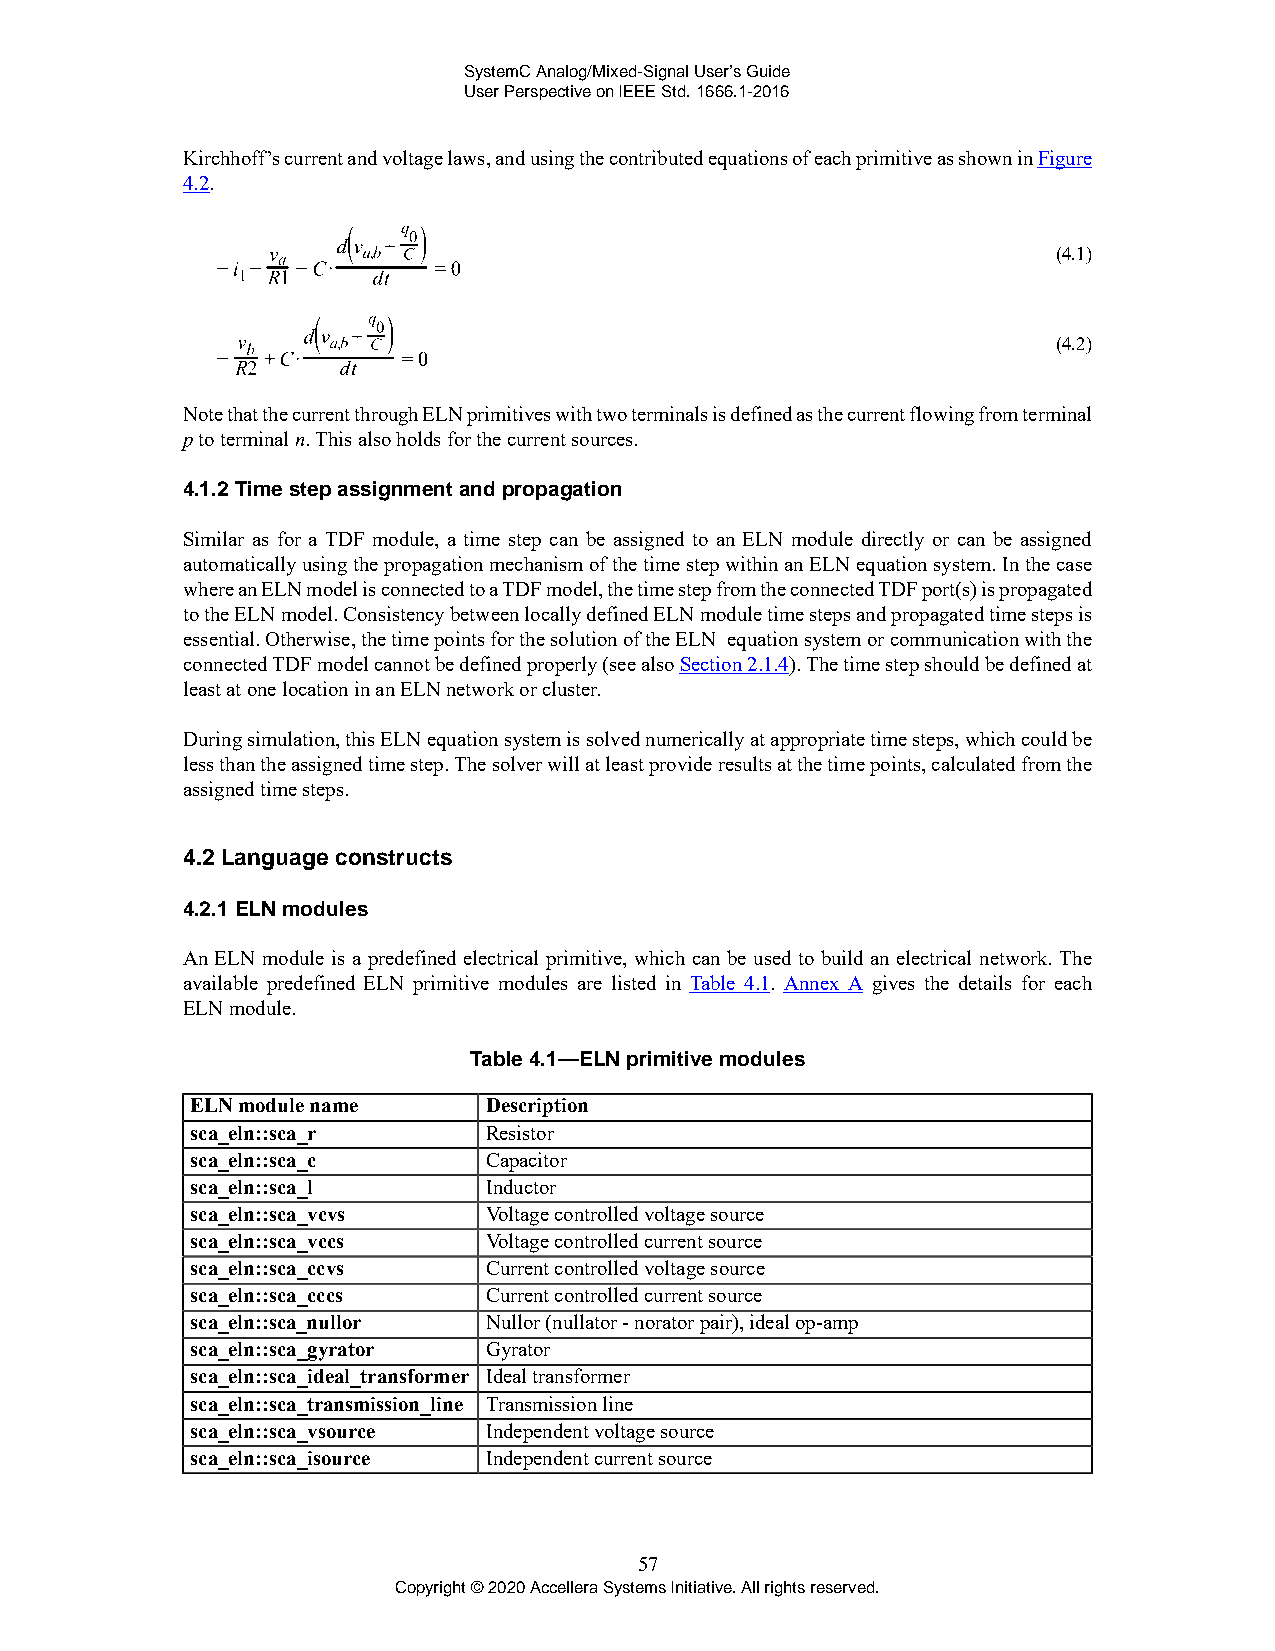
SystemC Analog/Mixed-Signal User’s Guide
 User Perspective on IEEE Std. 1666.1-2016
 Kirchhoff’s current and voltage laws, and using the contributed equations of each primitive as shown in Figure
 4.2.
 (4.1)
 (4.2)
 Note that the current through ELN primitives with two terminals is defined as the current flowing from terminal
 p to terminal n. This also holds for the current sources.
 4.1.2 Time step assignment and propagation
 Similar as for a TDF module, a time step can be assigned to an ELN module directly or can be assigned
 automatically using the propagation mechanism of the time step within an ELN equation system. In the case
 where an ELN model is connected to a TDF model, the time step from the connected TDF port(s) is propagated
 to the ELN model. Consistency between locally defined ELN module time steps and propagated time steps is
 essential. Otherwise, the time points for the solution of the ELN equation system or communication with the
 connected TDF model cannot be defined properly (see also Section 2.1.4). The time step should be defined at
 least at one location in an ELN network or cluster.
 During simulation, this ELN equation system is solved numerically at appropriate time steps, which could be
 less than the assigned time step. The solver will at least provide results at the time points, calculated from the
 assigned time steps.
 4.2 Language constructs
 4.2.1 ELN modules
 An ELN module is a predefined electrical primitive, which can be used to build an electrical network. The
 available predefined ELN primitive modules are listed in Table 4.1. Annex A gives the details for each
 ELN module.
 Table 4.1—ELN primitive modules
 ELN module name    Description
 sca_eln::sca_r     Resistor
 sca_eln::sca_c     Capacitor
 sca_eln::sca_l     Inductor
 sca_eln::sca_vcvs  Voltage controlled voltage source
 sca_eln::sca_vccs  Voltage controlled current source
 sca_eln::sca_ccvs  Current controlled voltage source
 sca_eln::sca_cccs  Current controlled current source
 sca_eln::sca_nullor Nullor (nullator - norator pair), ideal op-amp
 sca_eln::sca_gyrator Gyrator
 sca_eln::sca_ideal_transformer Ideal transformer
 sca_eln::sca_transmission_line Transmission line
 sca_eln::sca_vsource Independent voltage source
 sca_eln::sca_isource Independent current source
 57
 Copyright © 2020 Accellera Systems Initiative. All rights reserved.